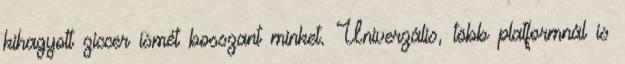
kihagyott ziccer ismét bosszant minket. Univerzális, több platformnál is